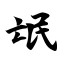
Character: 氓